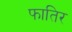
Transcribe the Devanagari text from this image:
फातिर